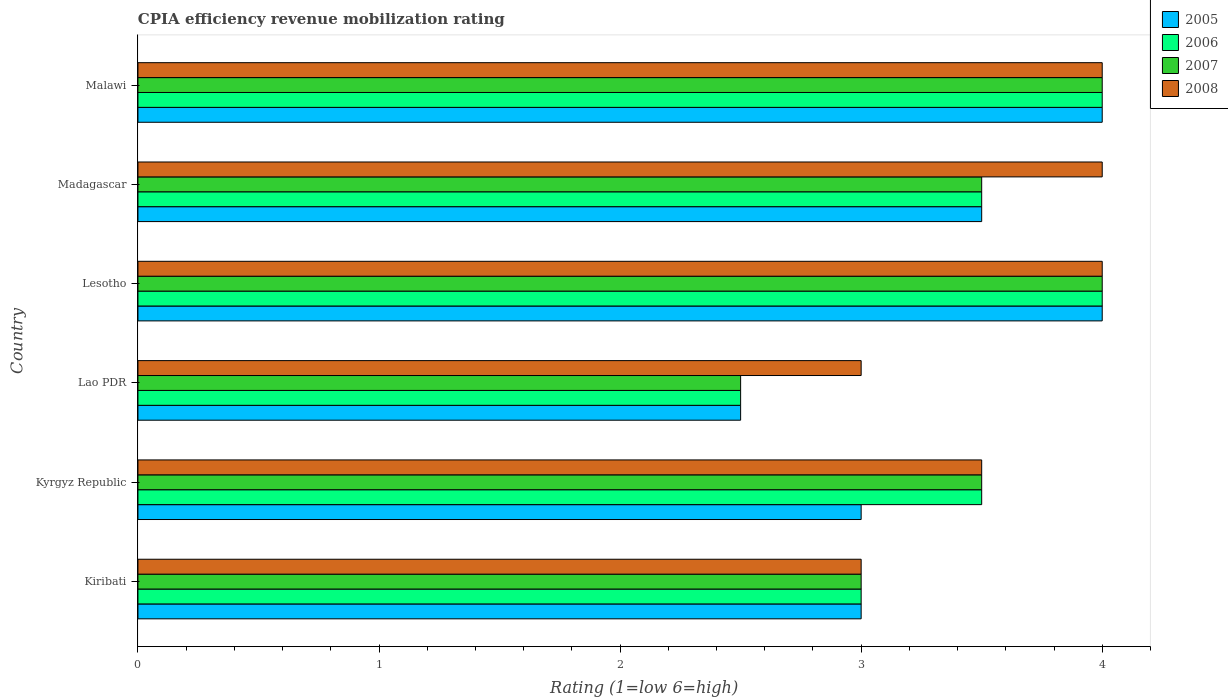
| Country | 2005 | 2006 | 2007 | 2008 |
 | --- | --- | --- | --- | --- |
 | Kiribati | 3 | 3 | 3 | 3 |
 | Kyrgyz Republic | 3 | 3.5 | 3.5 | 3.5 |
 | Lao PDR | 2.5 | 2.5 | 2.5 | 3 |
 | Lesotho | 4 | 4 | 4 | 4 |
 | Madagascar | 3.5 | 3.5 | 3.5 | 4 |
 | Malawi | 4 | 4 | 4 | 4 |